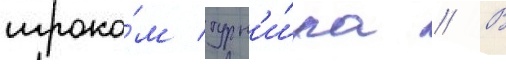
игроко́м турн'и́ра // В